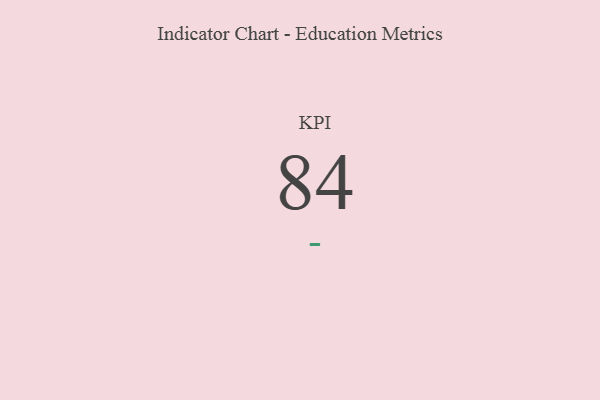
{"axis": {"x": "KPI", "y": "Value"}, "legend": [""], "data": [{"x": "KPI", "y": 84, "type": ""}]}